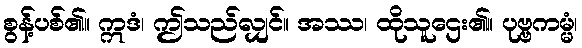
စွန့်ပစ်၏။ ဣဒံ၊ ဤသည်လျှင်။ အဿ၊ ထိုသူဌေး၏။ ပုဗ္ဗကမ္မံ၊